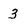
Character: 3